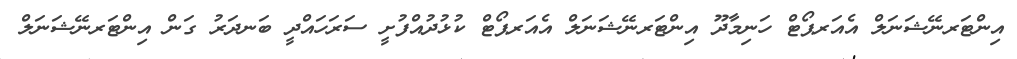
އިންޓަރނޭޝަނަލް އެއަރޕޯޓް ހަނިމާދޫ އިންޓަރނޭޝަނަލް އެއަރޕޯޓް ކުޅުދުއްފުށީ ސަރަހައްދީ ބަނދަރު ގަން އިންޓަރނޭޝަނަލް